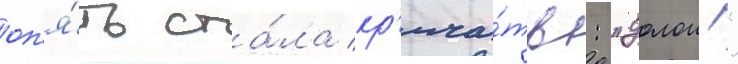
оп'я́ть ста́ла кр'ича́ть: "долои!"